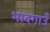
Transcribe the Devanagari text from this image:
भादगाउँ